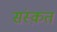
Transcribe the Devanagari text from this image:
संस्‍क़त